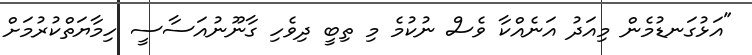
"އަޅުގަނޑުމެން މިއަދު އަނެއްކާ ވެސް ނުކުމެ މި ތިބީ ދިވެހި ގާނޫނުއަސާސީ ހިމާޔަތްކުރުމަށް